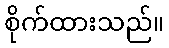
စိုက်ထားသည်။